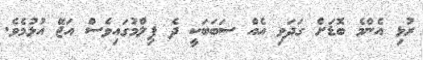
ރުޅި އެންމެ ބޮޑަށް ގަދަވި އެއް ސަބަބަކީ ދެ ފިލްމުގައިވެސް އަޖޭ އުޅުމެވެ.